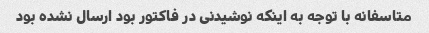
متاسفانه با توجه به اینکه نوشیدنی در فاکتور بود ارسال نشده بود